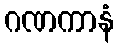
ဂဏကာနံ